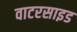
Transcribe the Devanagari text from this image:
वाटरसाइड